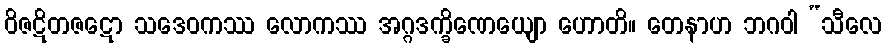
ဝိဇဋိတဇဋော သဒေဝကဿ လောကဿ အဂ္ဂဒက္ခိဏေယျော ဟောတိ။ တေနာဟ ဘဂဝါ “သီလေ